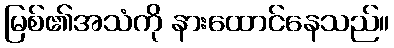
မြစ်၏အသံကို နားထောင်နေသည်။